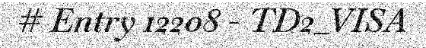
# Entry 12208 - TD2_VISA